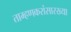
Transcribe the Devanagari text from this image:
ताम्हणकरांसारख्या